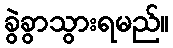
ခွဲခွာသွားရမည်။